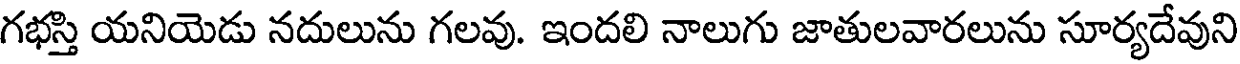
గభస్తి యనియెడు నదులును గలవు. ఇందలి నాలుగు జాతులవారలును సూర్యదేవుని